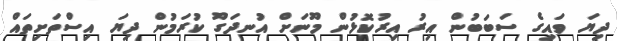
ދިޔަ ވައިގެ ސަބަބުން އިރު އިރުކޮޅުން މޫނަށްް އުނދަގޫ ކުރަމުން ދިޔަ އިސްތަށިތައް